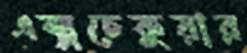
এক্সচেকুয়ার